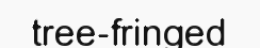
tree-fringed